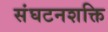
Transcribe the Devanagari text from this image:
संघटनशक्ति